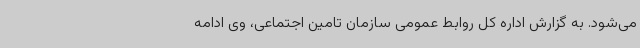
می‌شود. به گزارش اداره کل روابط عمومی سازمان تامین اجتماعی، وی ادامه